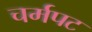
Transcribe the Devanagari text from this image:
चर्मपट